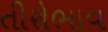
તીરોભાવ